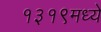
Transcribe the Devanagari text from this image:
१३१९मध्ये